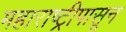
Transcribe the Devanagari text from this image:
महाराष्ट्रीपासून